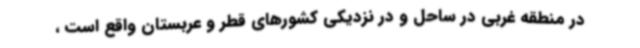
در منطقه غربی در ساحل و در نزدیکی کشورهای قطر و عربستان واقع است ،